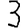
Digit: 3